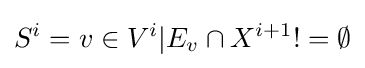
S^{i}={v\in V^{i}|E_{v}\cap X^{i+1}!=\emptyset }